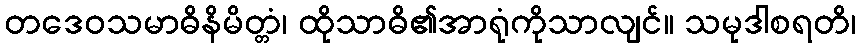
တဒေဝသမာဓိနိမိတ္တံ၊ ထိုသာဓိ၏အာရုံကိုသာလျင်။ သမုဒါစရတိ၊